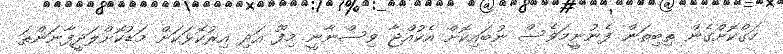
ހަގްކޮށްގެން ތިބިތަން ފެނުނީމަވެސް ނުބައިކޮށް އެކުއްޖާ ވިސްނާނީ މިފޫ އަދި އިރުކޮޅަކަށް މަޑުކޮށްލަދީފާނަންތަ